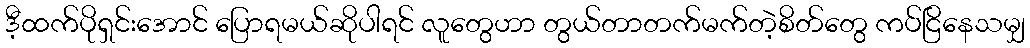
ဒီ့ထက်ပိုရှင်းအောင် ပြောရမယ်ဆိုပါရင် လူတွေဟာ တွယ်တာတက်မက်တဲ့စိတ်တွေ ကပ်ငြိနေသမျှ